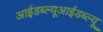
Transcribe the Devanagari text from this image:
आईडब्ल्यूआईडब्ल्यू